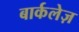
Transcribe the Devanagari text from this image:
बार्कलेज़